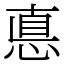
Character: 悳